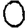
Digit: 0